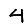
Digit: 4